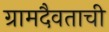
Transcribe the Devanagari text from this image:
ग्रामदैवताची